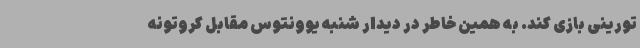
تورینی بازی کند. به همین خاطر در دیدار شنبه یوونتوس مقابل کروتونه